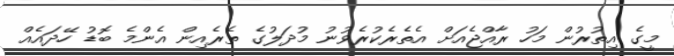
މީގެ އިތުރުން މަހު ރާއްޖެއަށް އެތެރެކުރެވުނު މުދަލުގެ ތެރެއިން އެންމެ ބޮޑު ހޭދައެއް